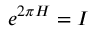
e ^ { 2 \pi H } = I